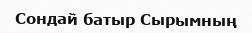
Сондай батыр Сырымның